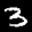
Label: 3